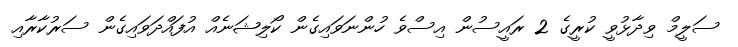
ސަލީމް ވިދާޅުވީ ކުރީގެ 2 ރައީސުން އިސްވެ ހުންނަވައިގެން ކޯލިޝަނެއް އުފައްދަވައިގެން ސަރުކާރާއި